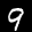
Label: 9